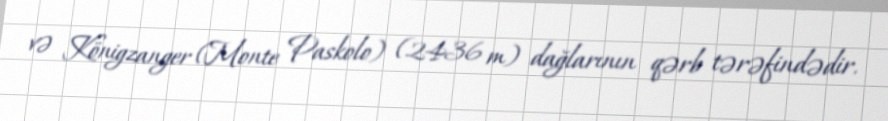
və Königzanger (Monte Paskolo) (2436 m) dağlarının qərb tərəfindədir.